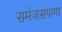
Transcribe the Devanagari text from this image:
समंजसपणा